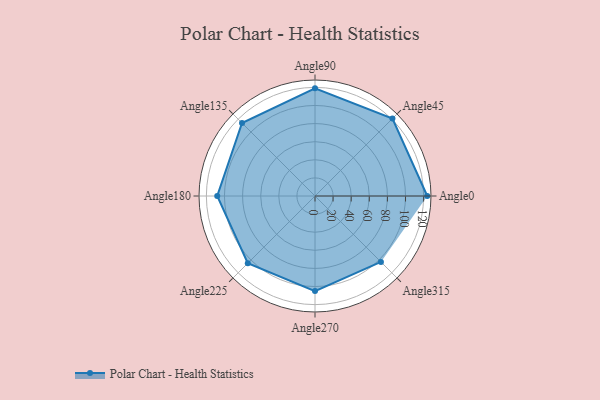
{"axis": {"x": "Angle", "y": "Radius"}, "legend": [""], "data": [{"x": "Angle0", "y": 124.0, "type": ""}, {"x": "Angle45", "y": 121.0, "type": ""}, {"x": "Angle90", "y": 119.0, "type": ""}, {"x": "Angle135", "y": 114.0, "type": ""}, {"x": "Angle180", "y": 108.0, "type": ""}, {"x": "Angle225", "y": 105.0, "type": ""}, {"x": "Angle270", "y": 105.0, "type": ""}, {"x": "Angle315", "y": 103.0, "type": ""}]}